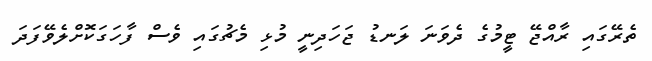
ތެރޭގައި ރާއްޖޭ ޓީމުގެ ދެވަނަ ލަނޑު ޖަހަދިނީ މުޅި މެޗުގައި ވެސް ފާހަގަކޮށްލެވޭފަދަ